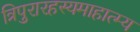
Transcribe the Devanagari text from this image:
त्रिपुरारहस्यमाहात्म्य